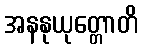
အနနုယုတ္တောတိ